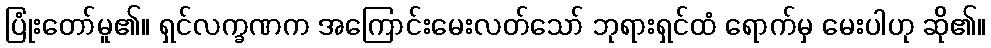
ပြုံးတော်မူ၏။ ရှင်လက္ခဏက အကြောင်းမေးလတ်သော် ဘုရားရှင်ထံ ရောက်မှ မေးပါဟု ဆို၏။